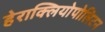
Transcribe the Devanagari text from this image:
हेराक्लियोपोलिटन